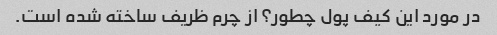
در مورد این کیف پول چطور؟ از چرم ظریف ساخته شده است.